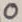
Text: O